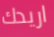
اريدك